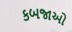
કબજાઓ